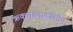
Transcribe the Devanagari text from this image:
ऋक्संहिताकालीन